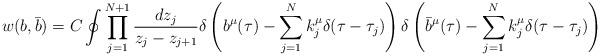
LaTeX: \begin{align*}w(b,\bar b)=C\oint \prod_{j=1}^{N+1}{dz_j\over z_j-z_{j+1}}\delta\left(b^\mu(\tau)-\sum_{j=1}^{N}k_j^\mu\delta(\tau-\tau_j)\right)\delta\left(\bar b^\mu(\tau)-\sum_{j=1}^{N}k_j^\mu\delta(\tau-\tau_j)\right)\end{align*}